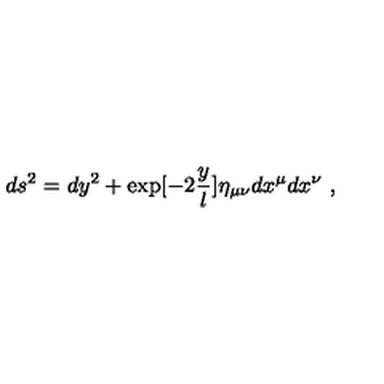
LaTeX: d s ^ { 2 } = d y ^ { 2 } + \exp [ - 2 { \frac { y } { l } } ] \eta _ { \mu \nu } d x ^ { \mu } d x ^ { \nu } \ ,